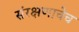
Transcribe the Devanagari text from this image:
संरक्षणाचेच